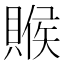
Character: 䞀